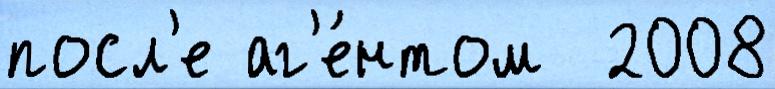
посл'е аг'е́нтом  2008